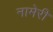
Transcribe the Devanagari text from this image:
नामेरी